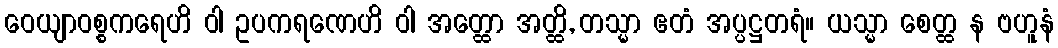
ဝေယျာဝစ္စကရေဟိ ဝါ ဥပကရဏေဟိ ဝါ အတ္ထော အတ္ထိ, တသ္မာ ဧတံ အပ္ပဋ္ဌတရံ။ ယသ္မာ စေတ္ထ န ဗဟူနံ